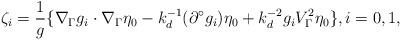
LaTeX: \begin{align*} \zeta_i = \frac{1}{g}\{\nabla_\Gamma g_i\cdot\nabla_\Gamma\eta_0-k_d^{-1}(\partial^\circ g_i)\eta_0+k_d^{-2}g_iV_\Gamma^2\eta_0\}, i=0,1,\end{align*}